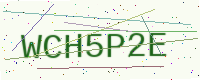
Text: WCH5P2E